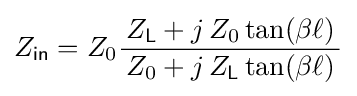
Z_{\mathsf {in}}=Z_{0}{\frac {\,Z_{\mathsf {L}}+j\,Z_{0}\tan(\beta \ell )\,}{\,Z_{0}+j\,Z_{\mathsf {L}}\tan(\beta \ell )\,}}